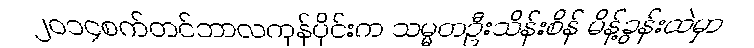
၂၀၁၄စက်တင်ဘာလကုန်ပိုင်းက သမ္မတဦးသိန်းစိန် မိန့်ခွန်းထဲမှာ